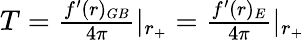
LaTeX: \begin{array}{r}{T=\frac{f^{\prime}(r)_{GB}}{4\pi}|_{r_{+}}=\frac{f^{\prime}(r)_{E}}{4\pi}|_{r_{+}}}\end{array}